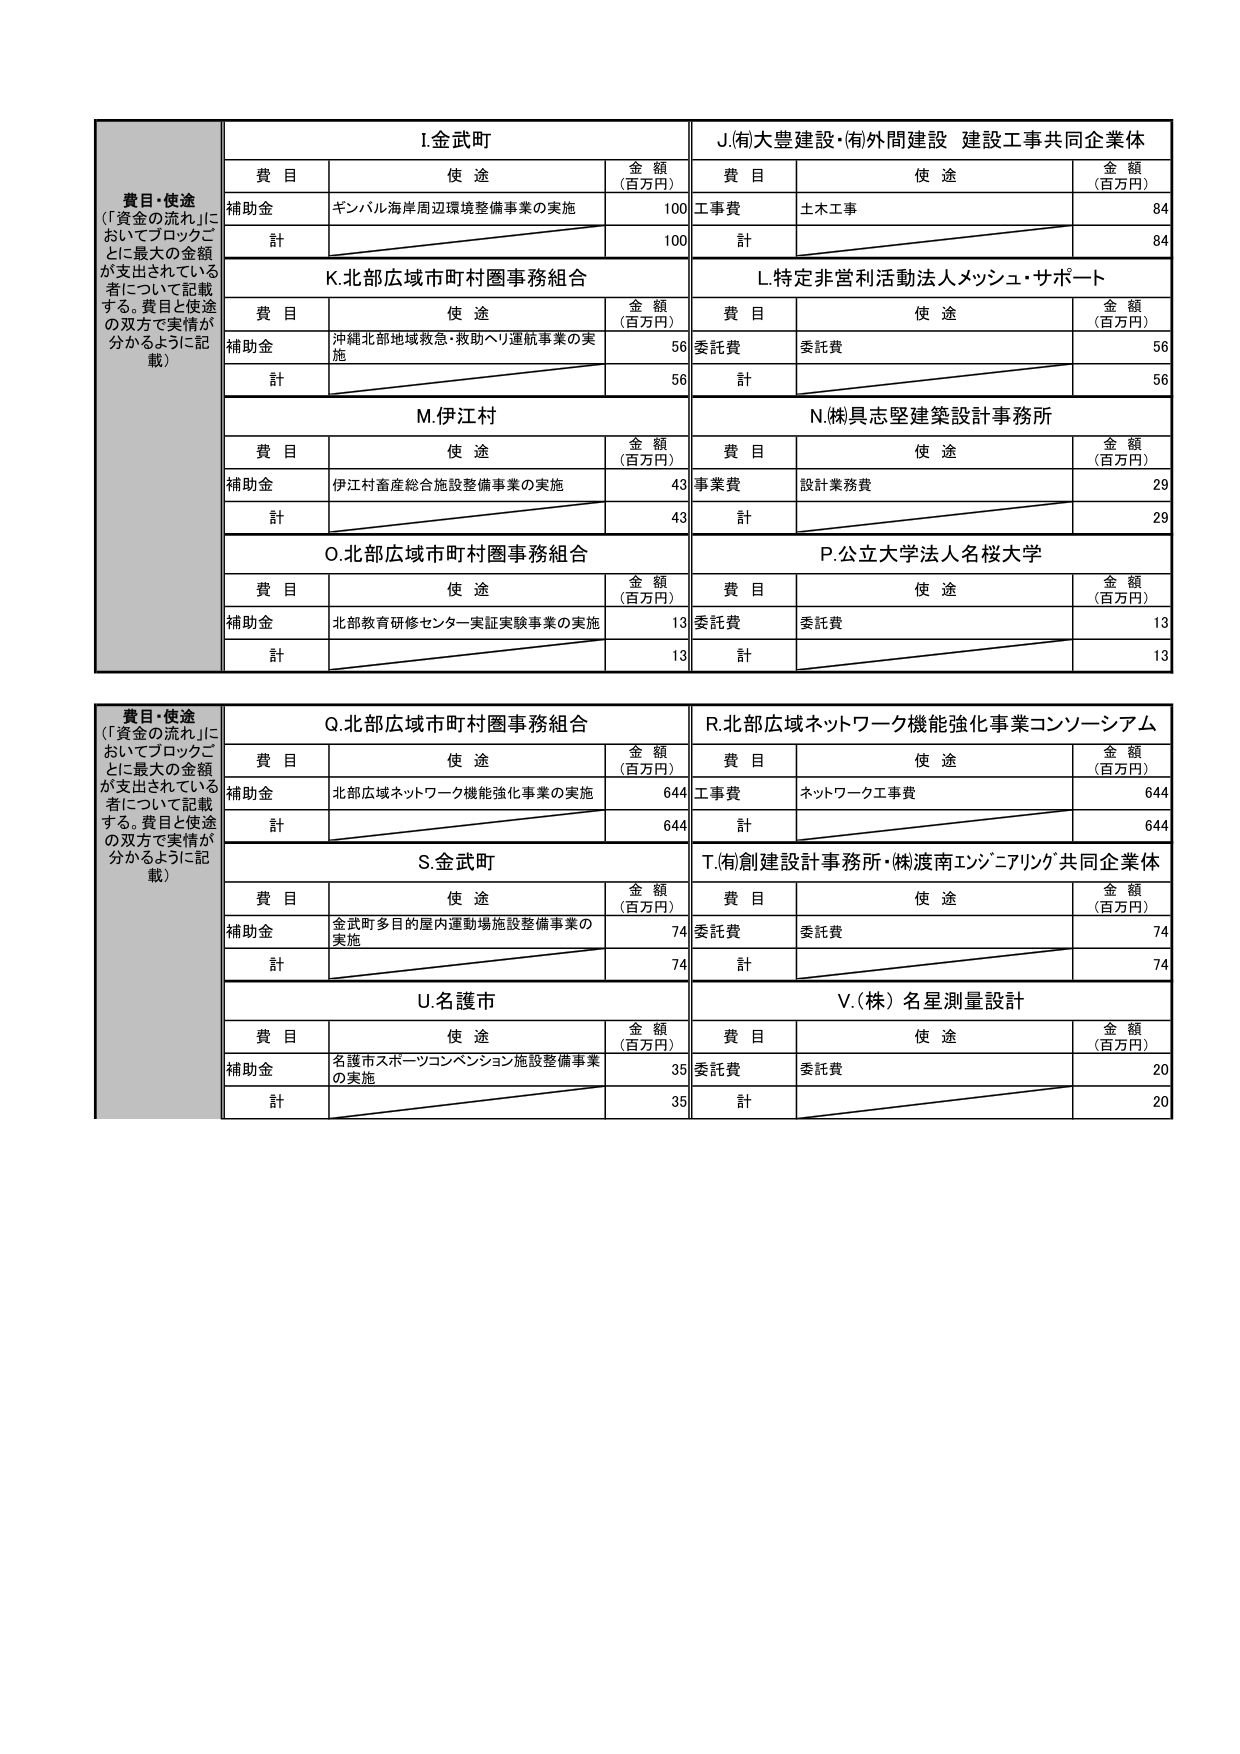
費目・使途
（「資金の流れ」においてブロックごとに最大の金額が支出されている者について記載する。費目と使途の双方で実情が分かるように記載）

I.金武町
費目 使途 金額（百万円）
補助金 ギンバル海岸周辺環境整備事業の実施 100
計 100

J.(有)大豊建設・(有)外間建設 建設工事共同企業体
費目 使途 金額（百万円）
工事費 土木工事 84
計 84

K.北部広域市町村圏事務組合
費目 使途 金額（百万円）
補助金 沖縄北部地域救急・救助ヘリ運航事業の実施 56
計 56

L.特定非営利活動法人メッシュ・サポート
費目 使途 金額（百万円）
委託費 委託費 56
計 56

M.伊江村
費目 使途 金額（百万円）
補助金 伊江村産業総合施設整備事業の実施 43
計 43

N.(株)具志堅建築設計事務所
費目 使途 金額（百万円）
事業費 設計業務費 29
計 29

O.北部広域市町村圏事務組合
費目 使途 金額（百万円）
補助金 北部教育研修センター実証実験事業の実施 13
計 13

P.公立大学法人名桜大学
費目 使途 金額（百万円）
委託費 委託費 13
計 13

費目・使途
（「資金の流れ」においてブロックごとに最大の金額が支出されている者について記載する。費目と使途の双方で実情が分かるように記載）

Q.北部広域市町村圏事務組合
費目 使途 金額（百万円）
補助金 北部広域ネットワーク機能強化事業の実施 644
計 644

R.北部広域ネットワーク機能強化事業コンソーシアム
費目 使途 金額（百万円）
工事費 ネットワーク工事費 644
計 644

S.金武町
費目 使途 金額（百万円）
補助金 金武町多目的屋内運動場施設整備事業の実施 74
計 74

T.(有)創建設計事務所・(株)渡南エンジニアリング共同企業体
費目 使途 金額（百万円）
委託費 委託費 74
計 74

U.名護市
費目 使途 金額（百万円）
補助金 名護市スポーツコンベンション施設整備事業の実施 35
計 35

V.(株)名星測量設計
費目 使途 金額（百万円）
委託費 委託費 20
計 20